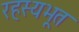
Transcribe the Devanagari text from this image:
रहस्यभूत